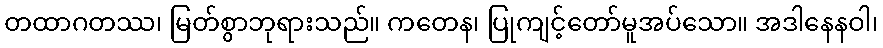
တထာဂတဿ၊ မြတ်စွာဘုရားသည်။ ကတေန၊ ပြုကျင့်တော်မူအပ်သော။ အဒါနေနဝါ၊